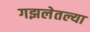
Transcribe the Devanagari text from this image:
गझलेतल्या